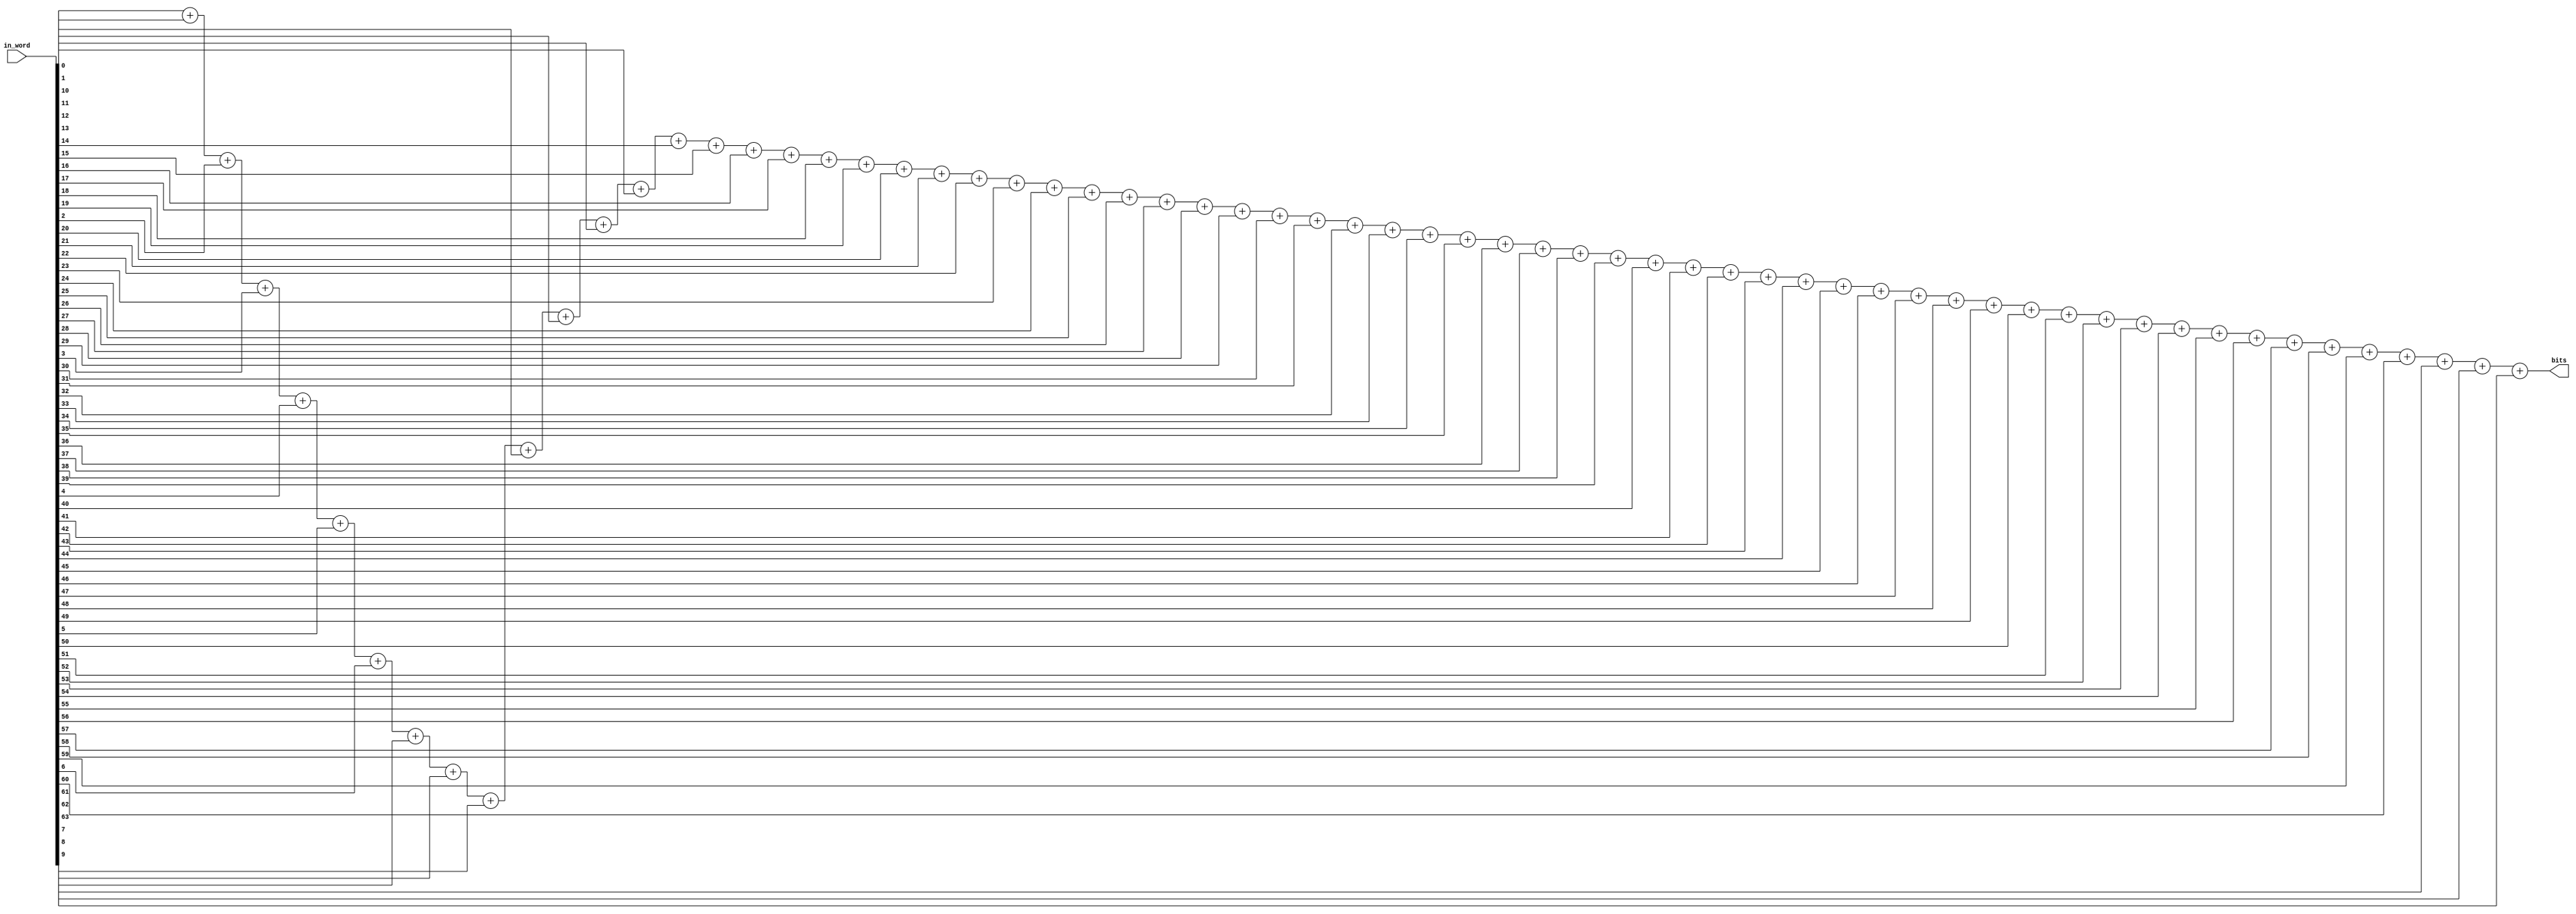
`define Bits 64
`define OutBits 7 // 64 -   7 

module bit_cntr(in_word, bits);
input  wire [(`Bits-1):0] in_word;
output wire [(`OutBits-1):0] bits;

assign bits = in_word[0]
				+ in_word[1]
				+ in_word[2]
				+ in_word[3]
				+ in_word[4]
				+ in_word[5]
				+ in_word[6]
				+ in_word[7]
				+ in_word[8]
				+ in_word[9]
				+ in_word[10]
				+ in_word[11]
				+ in_word[12]
				+ in_word[13]
				+ in_word[14]
				+ in_word[15]
				+ in_word[16]
				+ in_word[17]
				+ in_word[18]
				+ in_word[19]
				+ in_word[20]
				+ in_word[21]
				+ in_word[22]
				+ in_word[23]
				+ in_word[24]
				+ in_word[25]
				+ in_word[26]
				+ in_word[27]
				+ in_word[28]
				+ in_word[29]
				+ in_word[30]
				+ in_word[31]
				+ in_word[32]
				+ in_word[33]
				+ in_word[34]
				+ in_word[35]
				+ in_word[36]
				+ in_word[37]
				+ in_word[38]
				+ in_word[39]
				+ in_word[40]
				+ in_word[41]
				+ in_word[42]
				+ in_word[43]
				+ in_word[44]
				+ in_word[45]
				+ in_word[46]
				+ in_word[47]
				+ in_word[48]
				+ in_word[49]
				+ in_word[50]
				+ in_word[51]
				+ in_word[52]
				+ in_word[53]
				+ in_word[54]
				+ in_word[55]
				+ in_word[56]
				+ in_word[57]
				+ in_word[58]
				+ in_word[59]
				+ in_word[60]
				+ in_word[61]
				+ in_word[62]
				+ in_word[63];

endmodule